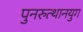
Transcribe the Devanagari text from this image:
पुनरुत्थानयुग